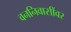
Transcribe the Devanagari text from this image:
वननिवासींवर